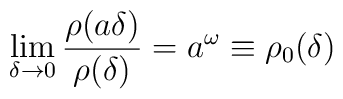
\lim_{\delta \rightarrow 0} \frac{\rho (a\delta)}{\rho(\delta)}=a^\omega\equiv \rho_0(\delta)